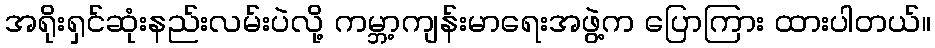
အရိုးရှင်ဆုံးနည်းလမ်းပဲလို့ ကမ္ဘာ့ကျန်းမာရေးအဖွဲ့က ပြောကြား ထားပါတယ်။